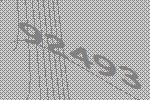
92493